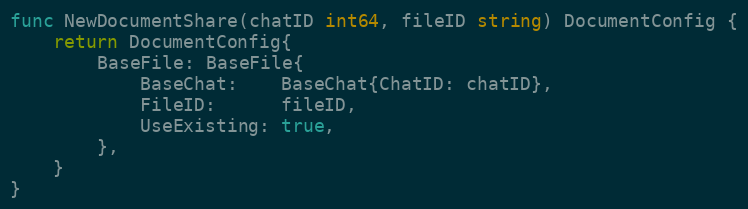
Language: Go
func NewDocumentShare(chatID int64, fileID string) DocumentConfig {
	return DocumentConfig{
		BaseFile: BaseFile{
			BaseChat:    BaseChat{ChatID: chatID},
			FileID:      fileID,
			UseExisting: true,
		},
	}
}